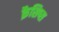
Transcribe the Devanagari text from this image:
क्रैसिप्स